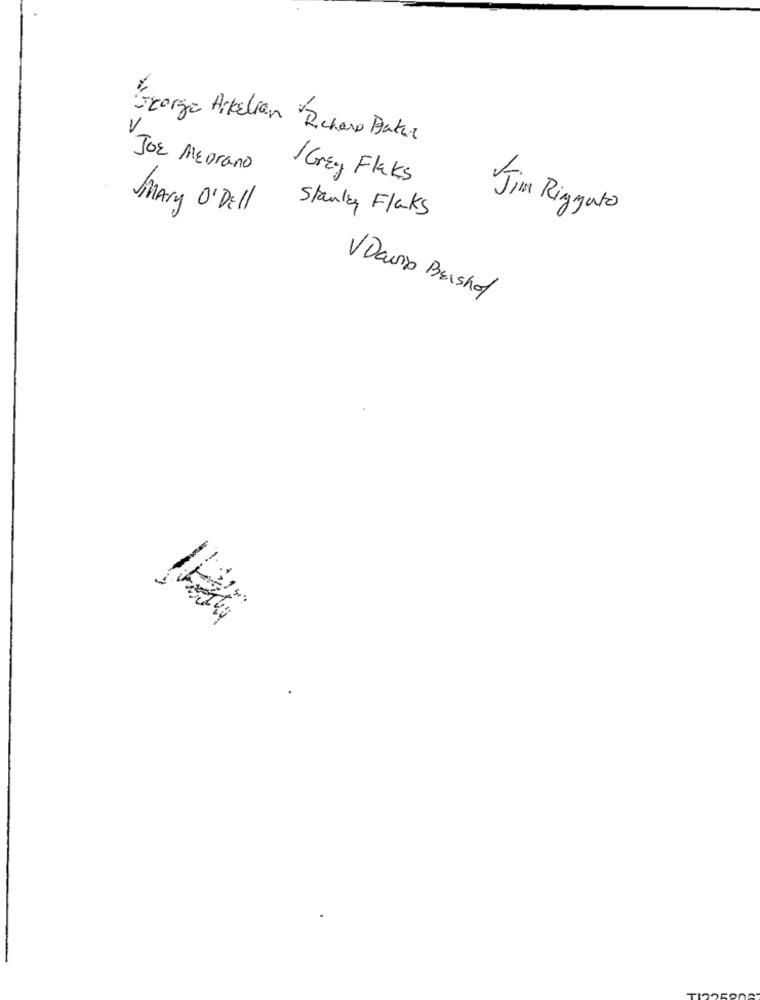
George Arkelian Rcher Baker
JOE MEDrano
Grey Flaks
SMAMy O' Dell
Stanley Flaks
Jim Rizzato
VDavid Beishof